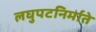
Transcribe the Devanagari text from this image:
लघुपटनिर्माते